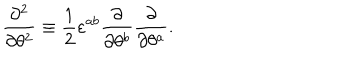
\frac { \partial ^ { 2 } } { \partial \theta ^ { 2 } } \equiv \frac { 1 } { 2 } \varepsilon ^ { a b } \frac { \partial } { \partial \theta ^ { b } } \frac { \partial } { \partial \theta ^ { a } } .